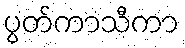
ပွတ်ကာသီကာ